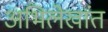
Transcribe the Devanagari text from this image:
अभिलेखांत